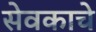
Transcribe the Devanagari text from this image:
सेवकाचे